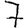
Digit: 7